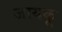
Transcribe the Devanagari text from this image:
जायकू